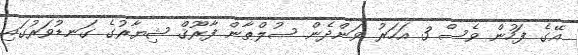
އޭގެ ފަހުން ވެސް 3 އަހަރު ވަންދެން ސުލްޠާން ފާރޫޤް ޝިޔާރުގެ ގަނޑުވަރުގައި